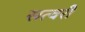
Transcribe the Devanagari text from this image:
सत्वरी